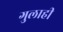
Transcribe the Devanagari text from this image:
गुलाही